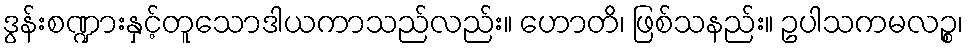
ဒွန်းစဏ္ဍားနှင့်တူသောဒါယကာသည်လည်း။ ဟောတိ၊ ဖြစ်သနည်း။ ဥပါသကမလဉ္စ၊